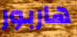
هاربور